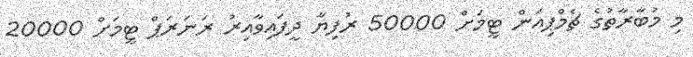
މި މުބާރާތުގެ ޗެމްޕިއަން ޓީމަށް 50000 ރުފިޔާ ދީފައިވާއިރު ރަނަރަޕް ޓީމަށް 20000